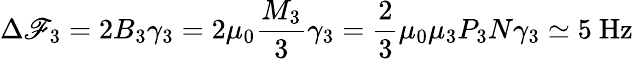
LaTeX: \Delta\mathscr{F}_{3}=2B_{3}\gamma_{3}=2\mu_{0}\frac{{M_{3}}}{{3}}\gamma_{3}=\frac{{2}}{{3}}\mu_{0}\mu_{3}P_{3}N\gamma_{3}\simeq5~\mathrm{{Hz}}